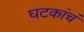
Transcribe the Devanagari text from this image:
घटकांचं